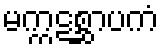
မက္ကဋစ္ဆာပကံ